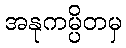
အနုကမ္ပိတမှ